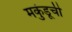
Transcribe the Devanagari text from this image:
मकुंडूची